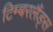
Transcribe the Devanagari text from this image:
टिम्बरलैंड्स